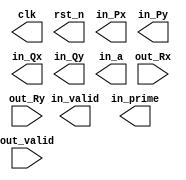
//############################################################################
//++++++++++++++++++++++++++++++++++++++++++++++++++++++++++++++++++++++++++++
//    (C) Copyright Optimum Application-Specific Integrated System Laboratory
//    All Right Reserved
//		Version		: v1.0
//   	Module Name : PATTERN
//++++++++++++++++++++++++++++++++++++++++++++++++++++++++++++++++++++++++++++
//############################################################################

`ifdef RTL_TOP
    `define CYCLE_TIME 60.0
`endif

`ifdef GATE_TOP
    `define CYCLE_TIME 60.0
`endif

module PATTERN (
    // Output signals
    clk, rst_n, in_valid,
    in_Px, in_Py, in_Qx, in_Qy, in_prime, in_a,
    // Input signals
    out_valid, out_Rx, out_Ry
);

// ===============================================================
// Input & Output Declaration
// ===============================================================
output clk, rst_n, in_valid;
output [5:0] in_Px, in_Py, in_Qx, in_Qy, in_prime, in_a;
input out_valid;
input [5:0] out_Rx, out_Ry;

endmodule